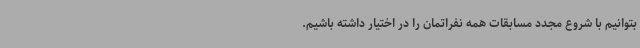
بتوانیم با شروع مجدد مسابقات همه نفراتمان را در اختیار داشته باشیم.